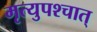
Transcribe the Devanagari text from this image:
मृत्युपश्चात्‌